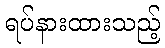
ရပ်နားထားသည့်